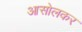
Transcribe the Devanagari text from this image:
आसोलकर